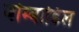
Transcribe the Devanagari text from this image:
बोम्बाडिल